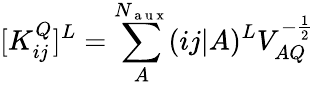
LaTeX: [K_{ij}^{Q}]^{L}=\sum_{A}^{N_{\mathrm{~a~u~x~}}}(ij|A)^{L}V_{AQ}^{-\frac{1}{2}}